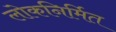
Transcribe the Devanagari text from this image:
लोकनिर्मित